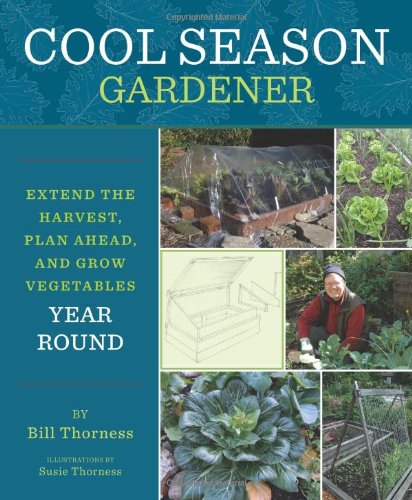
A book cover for Cool Season Gardener: Extend the Harvest, Plan Ahead, and Grow Vegetables Year-Round; Bill Thorness; Crafts, Hobbies & Home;